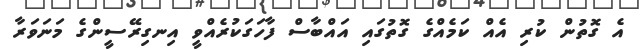
އެ ގޮތުން ކުރި އެއް ކަމެއްގެ ގޮތުގައި އައްބާސް ފާހަގަކުރެއްވީ އިނގިރޭސީންގެ މަނަވަރާ